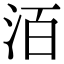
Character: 洦